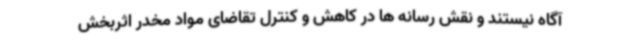
آگاه نیستند و نقش رسانه ها در کاهش و کنترل تقاضای مواد مخدر اثربخش